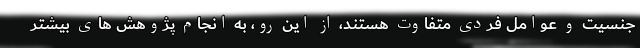
جنسیت و عوامل فردی متفاوت هستند، از این رو، به انجام پژوهش های بیشتر